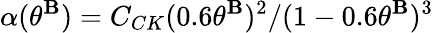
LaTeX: \alpha(\theta^{\mathbf{B}})=C_{CK}(0.6\theta^{\mathbf{B}})^{2}/(1-0.6\theta^{\mathbf{B}})^{3}